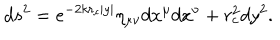
LaTeX: d s ^ { 2 } = e ^ { - 2 k r _ { c } | y | } \eta _ { \mu \nu } d x ^ { \mu } d x ^ { \nu } + r _ { c } ^ { 2 } d y ^ { 2 } .